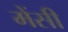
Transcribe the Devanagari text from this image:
मेंसी